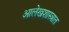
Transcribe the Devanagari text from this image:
आलेखशास्त्रात